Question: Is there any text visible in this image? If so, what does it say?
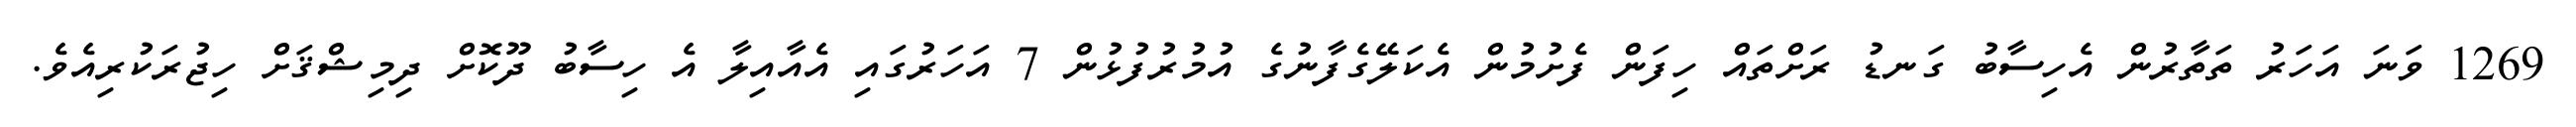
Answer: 1269 ވަނަ އަހަރު ތަތާރުން އެހިސާބު ގަނޑު ރަށްތައް ހިފަން ފެށުމުން އެކަލޭގެފާނުގެ އުމުރުފުޅުން 7 އަހަރުގައި އެއާއިލާ އެ ހިސާބު ދޫކޮށް ދިމިޝްޤަށް ހިޖުރަކުރިއެވެ.